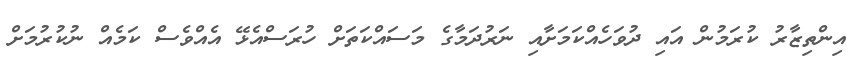
އިންތިޒާރު ކުރަމުން އައި ދުވަހެއްކަމަށާއި ނަރުދަމާގެ މަސައްކަތަށް ހުރަސްއެޅޭ އެއްވެސް ކަމެއް ނުކުރުމަށް